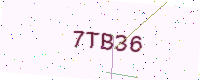
Text: 7TB36